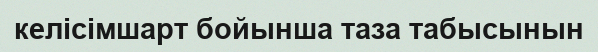
келісімшарт бойынша таза табысынын